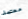
معتمد